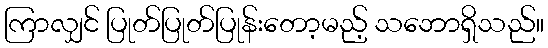
ကြာလျှင် ပြုတ်ပြုတ်ပြုန်းတော့မည့် သဘောရှိသည်။